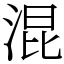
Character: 混